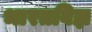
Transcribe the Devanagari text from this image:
भारतविज्ञ